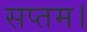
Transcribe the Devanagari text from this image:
सप्तम।